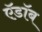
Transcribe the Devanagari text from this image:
ऍ़डॉब